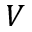
V